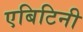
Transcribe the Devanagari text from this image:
एबिटिनी